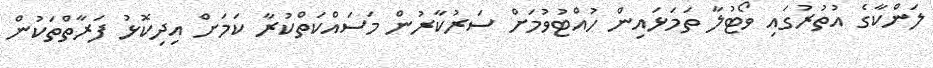
ލަންކާގެ އުތުރުގައި ވޯޓުލާ ތަމަޅައިން ހުއްޓުވުމަށް ސަރުކާރުން މަސައްކަތްކުރާ ކަމަށް އިދިކޮޅު ފަރާތްތަކުން